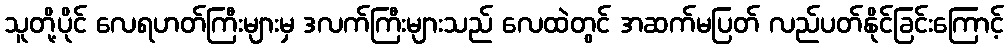
သူတို့ပိုင် လေရဟတ်ကြီးများမှ ဒလက်ကြီးများသည် လေထဲတွင် အဆက်မပြတ် လည်ပတ်နိုင်ခြင်းကြောင့်